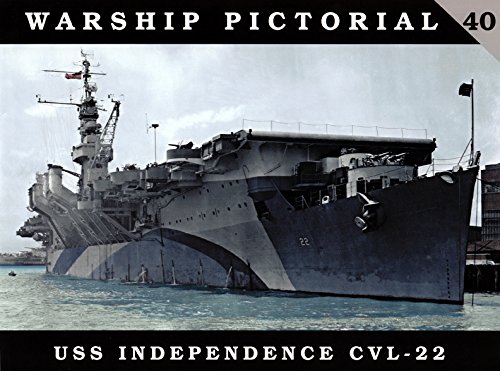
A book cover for Warship Pictorial, No. 40: USS Independence CVL-22; Arts & Photography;